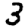
Digit: 3